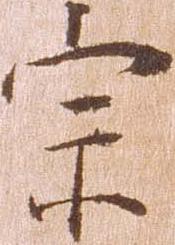
宗